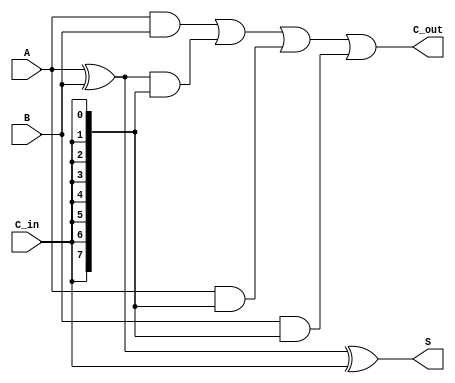
module CarrySaveAdder #(parameter N = 8) (
    input  [N-1:0] A,      // First n-bit input
    input  [N-1:0] B,      // Second n-bit input
    input         C_in,     // Carry input
    output [N-1:0] S,      // Sum output
    output [N-1:0] C_out    // Carry output
);

    // Intermediate wires for carry generation
    wire [N-1:0] A_xor_B;   // A XOR B
    wire [N-1:0] A_and_B;   // A AND B
    wire [N-1:0] A_and_Cin; // A AND C_in
    wire [N-1:0] B_and_Cin; // B AND C_in

    // Calculate A XOR B
    assign A_xor_B = A ^ B;

    // Calculate Sum output S
    assign S = A_xor_B ^ C_in;

    // Calculate Carry output C_out
    assign A_and_B = A & B;
    assign A_and_Cin = A & {N{C_in}}; // Extend C_in to N bits
    assign B_and_Cin = B & {N{C_in}}; // Extend C_in to N bits

    assign C_out = A_and_B | (A_xor_B & {N{C_in}}) | A_and_Cin | B_and_Cin;

endmodule